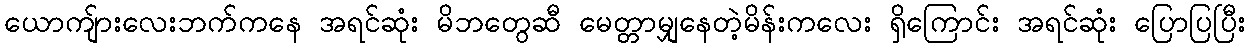
ယောကျ်ားလေးဘက်ကနေ အရင်ဆုံး မိဘတွေဆီ မေတ္တာမျှနေတဲ့မိန်းကလေး ရှိကြောင်း အရင်ဆုံး ပြောပြပြီး